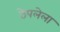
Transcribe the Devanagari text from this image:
ठेपलेला